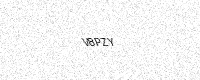
Text: V8PZY